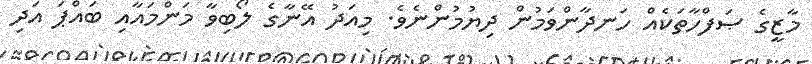
މާޒީގެ ޞަފްހާތަކެއް ހަނދާންވަމުން ދިޔުމުންނެވެ. މިއަދު އޭނާގެ ލޯބިވާ މަންމައާއި ބައްޕަ އަދި